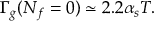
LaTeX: \Gamma _ { g } ( N _ { f } = 0 ) \simeq 2 . 2 \alpha _ { s } T .